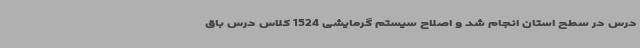
درس در سطح استان انجام شد و اصلاح سیستم گرمایشی 1524 کلاس درس باق